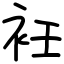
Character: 衽